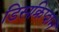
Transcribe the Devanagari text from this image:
डिसक्रिप्शन